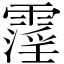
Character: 霪